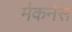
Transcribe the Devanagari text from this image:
मैकनेस